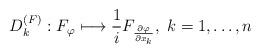
LaTeX: \begin{align*}D_{k}^{\left(F\right)}:F_{\varphi}\longmapsto\frac{1}{i}F_{\frac{\partial\varphi}{\partial x_{k}}},\; k=1,\ldots,n\end{align*}